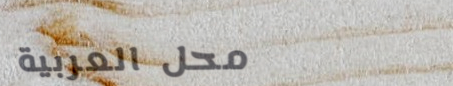
محل العربية